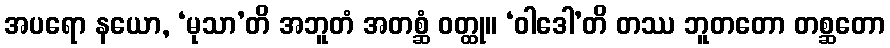
အပရော နယော, ‘မုသာ’တိ အဘူတံ အတစ္ဆံ ဝတ္ထု။ ‘ဝါဒေါ’တိ တဿ ဘူတတော တစ္ဆတော